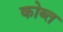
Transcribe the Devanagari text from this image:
कोब्त